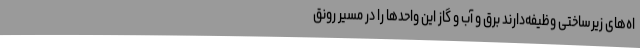
اه‌های زیرساختی وظیفه‌دارند برق و آب و گاز این واحدها را در مسیر رونق